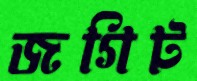
জগিট